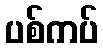
ပစ်ကပ်